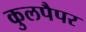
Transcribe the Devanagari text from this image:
कुलपैपर